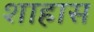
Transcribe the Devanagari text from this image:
शाहास